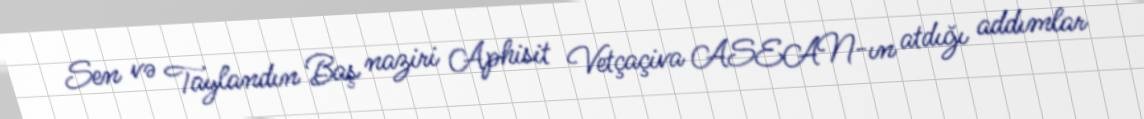
Sen və Taylandın Baş naziri Aphisit Vetçaçiva ASEAN-ın atdığı addımlar